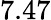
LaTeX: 7.47